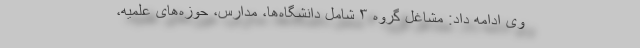
وی ادامه داد: مشاغل گروه ٣ شامل دانشگاه‌ها، مدارس، حوزه‌های علمیه،